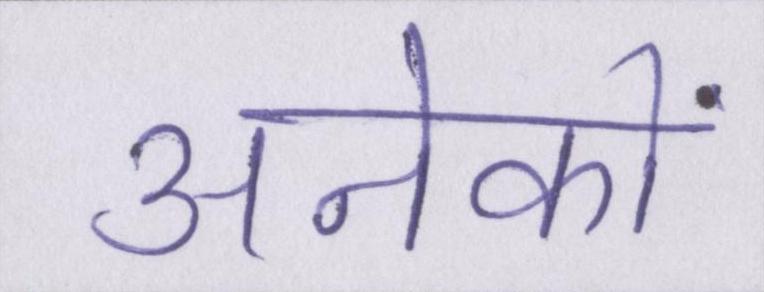
अनेकों